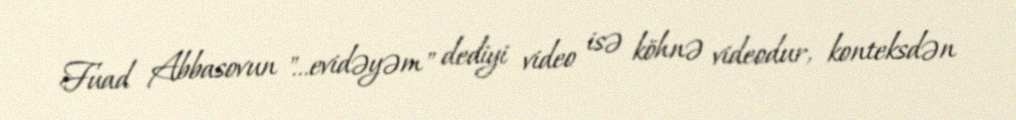
Fuad Abbasovun "...evidəyəm" dediyi video isə köhnə videodur, konteksdən